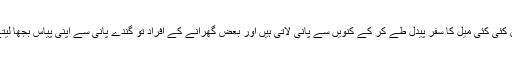
عورتیں کئی کئی میل کا سفر پیدل طے کر کے کنویں سے پانی لاتی ہیں اور بعض گھرانے کے افراد تو گندے پانی سے اپنی پیاس بجھا لیتے ہیں ۔